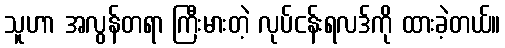
သူဟာ အလွန်တရာ ကြီးမားတဲ့ လုပ်ငန်းရလဒ်ကို ထားခဲ့တယ်။